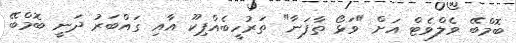
ބޮމްބޭ ވެލްވެޓް އަށް "ވަޅޯ ތާފަނާ" ތަރުހީބެއްޕިކޫ އާއި ގައްބަރު ދަނީ ބޮމްބޭ